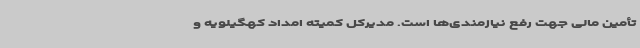
تأمین مالی جهت رفع نیازمندی‌ها است. مدیرکل کمیته امداد کهگیلویه و